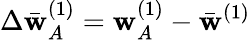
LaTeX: \Delta\bar{\mathbf{w}}_{A}^{(1)}=\mathbf{w}_{A}^{(1)}-\bar{\mathbf{w}}^{(1)}